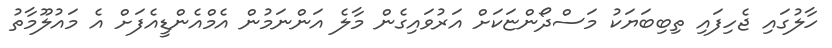
ހާލުގައި ޖެހިފައި ތިބިބަޔަކު މަސްދޯންޏަކަށް އަރުވައިގެން މާލެ އަންނަމުން އެމްއެންޑީއެފަށް އެ މައުލޫމާތު